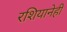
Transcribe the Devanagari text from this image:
रशियानेही